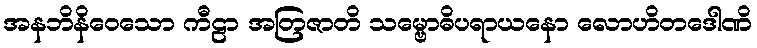
အနဘိနိဝေသော ကီဠာ အတြဇာတိ သမ္ဗောဓိပရာယနော လောဟိတဒေါဏိ